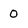
Character: 0